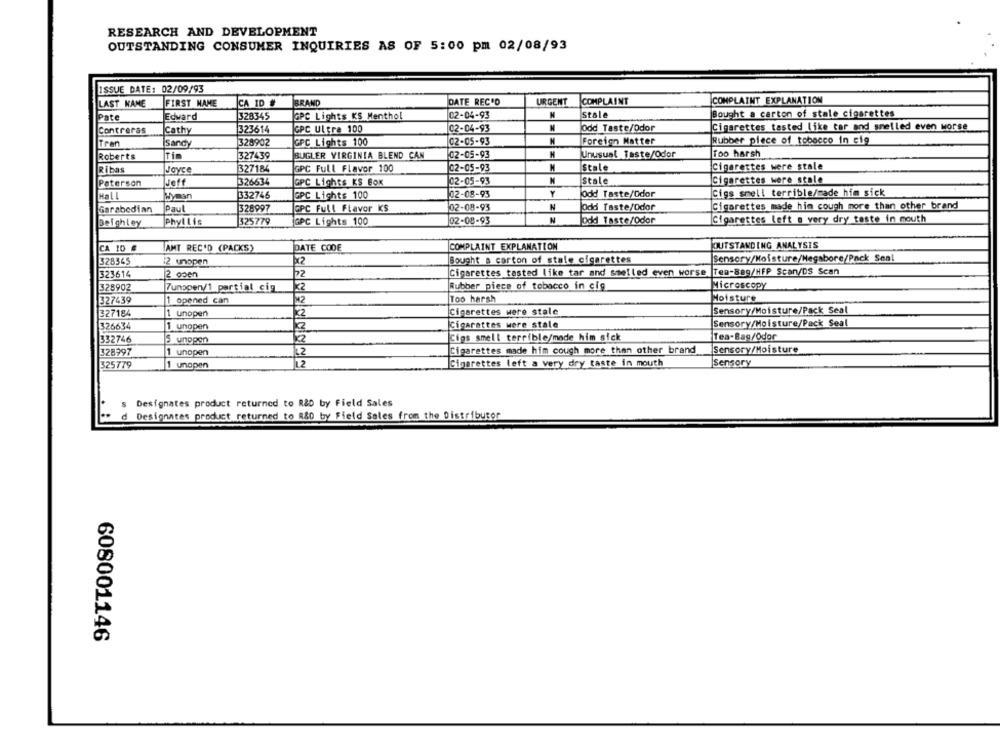
RESEARCH AND DEVELOPMENT
OUTSTANDING CONSUMER INQUIRIES AS OF 5:00 pm 02/08/93
ISSUE DATE: 02/09/93
LAST NAME
FIRST NAME
CA ID #
BRAND
DATE REC'D
URGENT
COMPLAINT
COMPLAINT EXPLANATION
Stale
Pate
Edward
328345
GPC Lights KS Menthol
02-04-93
N
Bought a carton of stale cigarettes
02-04-93
N
Odd Taste/Ddor
Cigarettes tasted like tar and smelled even worse
Contreras
İCathy
323614
GPC Ultra 100
Tren
Sandy
328902
GPC Lights 100
02-05-93
Foreign Matter
Rubber piece of tobacco in cig
Roberts
Tim
327439
BUGLER VIRGINIA BLEND CAN
02-05-93
N
Unusual Taste/Odor
Too harsh
Cigarettes were stale
Ribas
Joyce
327184
GPC Full Flavor 100
02-05-93
M
stale
326634
02-05-93
N
Stale
Cigarettes were stale
Paterson
Jeff
GPC Lights KS Box
HaLL
Wyman
332746
GPC Lichts 100
02-08-93
Y
Odd Taste/Odor
Cigs smell terrible/made him sick
Garabedian
Paul
328997
CPC Full Flavor KS
02-08-93
N
Odd Taste/Odor
Cigarettes made him cough more than other brand
Beighley
Phyllis
325779
GPC Lights 100
02-08-93
N
Odd Taste/odor
Cigarettes left a very dry taste in mouth
CA ID #
AMT REC'D (PACKS)
DATE CODE
COMPLAINT EXPLANATION
OUTSTANDING ANALYSIS
328345
12 unopen
Bought a carton of stale cigarettes
Sensory/Moisture/Negabore/Pack Seal
Tea-889/HFP Scan/DS Scan
323614
2 open
22
Cigarettes tasted like tar and smelled even worse
Rubber piece of tobacco in cig
Microscopy
328902
Zunopen/1 partial cig
327439
1 opened can
M2
Too harsh
Moisture
327184
1 unopen
Cigarettes were stale
Sensory/Moisture/Pack Seal
Sensory/Moisture/Pack Seal
326634
1 unopen
Cigarettes were stale
Cigs smell terrible/made him sick
Tea-Bag/Odor
332746
5 unopen
328997
1 unopen
12
Cigarettes made him cough more than other brand
Sensory/Moisture
325779
1 unopen
1.2
Cigarettes left a very dry taste in mouth
Sensory
Designates product returned to R&D by Field Sales
d Designates product returned to R&D by Field Sales from the Distributor
608001146